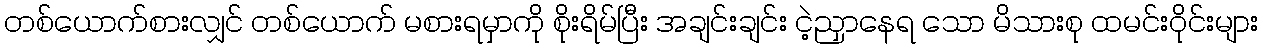
တစ်ယောက်စားလျှင် တစ်ယောက် မစားရမှာကိုု စိုးရိမ်ပြီး အချင်းချင်း ငဲ့ညှာနေရ သော မိသားစုု ထမင်းဝိုုင်းများ